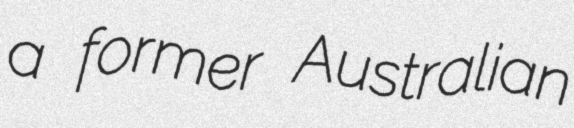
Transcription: a former Australian